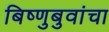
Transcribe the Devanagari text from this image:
बिष्णुबुवांचा